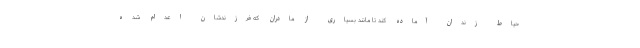
حیاط زندان آماده کند تا مانند بسیاری از مادران که فرزندشان اعدام شده